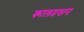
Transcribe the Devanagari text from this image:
कालप्रधान